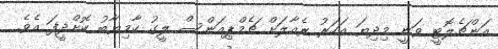
އަންޗެލޮޓީ ވަނީ މިިދިޔަ އަހަރު ރެއާލަށް ޗެމްޕިއަންސް ލީގު ކާމިޔާބު ކޮށްދީފަ އެވެ.